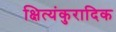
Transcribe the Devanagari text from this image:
क्षित्यंकुरादिक